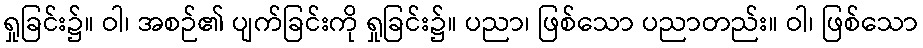
ရှုခြင်း၌။ ဝါ၊ အစဉ်၏ ပျက်ခြင်းကို ရှုခြင်း၌။ ပညာ၊ ဖြစ်သော ပညာတည်း။ ဝါ၊ ဖြစ်သော